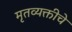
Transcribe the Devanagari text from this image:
मृतव्यक्तीचे